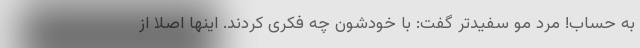
به حساب! مرد مو سفیدتر گفت: با خودشون چه فکری کردند. اینها اصلا از